Report of the King Institute of Preventive Medicine, Guindy
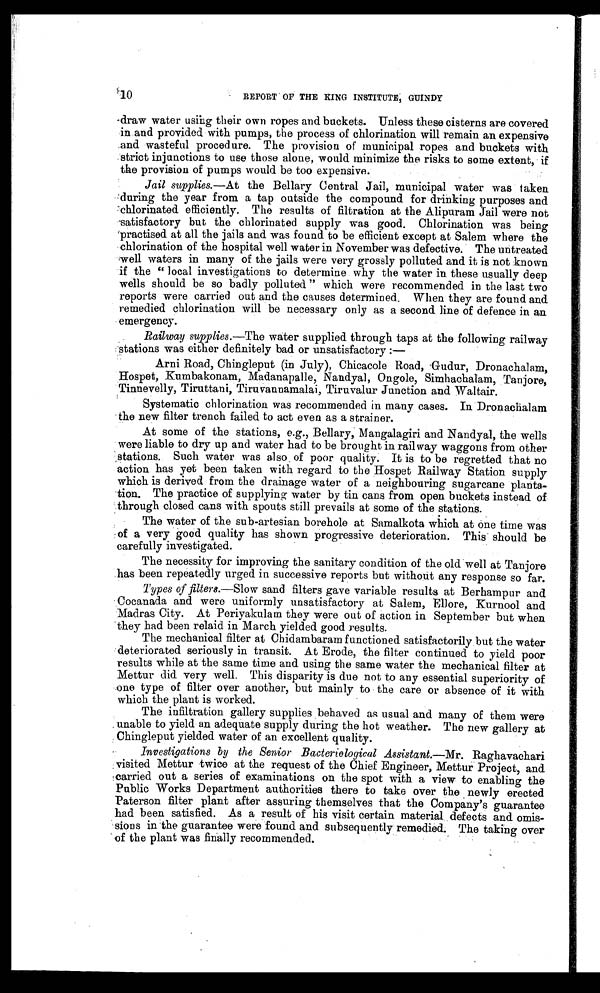
10
REPORT OF THE KING INSTITUTE, GUINDY
draw water using their own ropes and buckets. Unless these cisterns are covered
in and provided with pumps, the process of chlorination will remain an expensive
and wasteful procedure. The provision of municipal ropes and buckets with
strict injunctions to use those alone, would minimize the risks to some extent, if
the provision of pumps would be too expensive.
Jail supplies.—At the Bellary Central Jail, municipal water was taken
during the year from a tap outside the compound for drinking purposes and
chlorinated efficiently. The results of filtration at the Alipuram Jail were not
satisfactory but the chlorinated supply was good. Chlorination was being
practised at all the jails and was found to be efficient except at Salem where the
chlorination of the hospital well water in November was defective. The untreated
well waters in many of the jails were very grossly polluted and it is not known
if the " local investigations to determine why the water in these usually deep
wells should be so badly polluted " which were recommended in the last two
reports were carried out and the causes determined. When they are found and
remedied chlorination will be necessary only as a second line of defence in an
emergency.
Railway supplies.—The water supplied through taps at the following railway
stations was either definitely bad or unsatisfactory :—
Arni Road, Chingleput (in July), Chicacole Road, Gudur, Dronachalam,
Hospet, Kumbakonam, Madanapalle, Nandyal, Ongole, Simhachalam, Tanjore,
Tinnevelly, Tiruttani, Tiruvannamalai, Tiruvalur Junction and Waltair.
Systematic chlorination was recommended in many cases. In Dronachalam
the new filter trench failed to act even as a strainer.
At some of the stations, e.g., Bellary, Mangalagiri and Nandyal, the wells
were liable to dry up and water had to be brought in railway waggons from other
stations. Such water was also of poor quality. It is to be regretted that no
action has yet been taken with regard to the Hospet Railway Station supply
which is derived from the drainage water of a neighbouring sugarcane planta-
tion. The practice of supplying water by tin cans from open buckets instead of
through closed cans with spouts still prevails at some of the stations.
The water of the sub-artesian borehole at Samalkota which at One time was
of a very good quality has shown progressive deterioration. This should be
carefully investigated.
The necessity for improving the sanitary condition of the old well at Tanjore
has been repeatedly urged in successive reports but without any response so far.
Types of filters.—Slow sand filters gave variable results at Berhampur and
Cocanada and were uniformly unsatisfactory at Salem, Ellore, Kurnool and
Madras City. At Periyakulam they were out of action in September but when
they had been relaid in March yielded good results.
The mechanical filter at Chidambaram functioned satisfactorily but the water
deteriorated seriously in transit. At Erode, the filter continued to yield poor
results while at the same time and using the same water the mechanical filter at
Mettur did very well. This disparity is due not to any essential superiority of
one type of filter over another, but mainly to the care or absence of it with
which the plant is worked.
The infiltration gallery supplies behaved as usual and many of them were
, unable to yield an adequate supply during the hot weather. The new gallery at
Chingleput yielded water of an excellent quality.
Investigations by the Senior Bacteriological Assistant.— Mr. Raghavachari
visited Mettur twice at the request of the Chief Engineer, Mettur Project, and
carried out a series of examinations on the spot with a view to enabling the
Public Works Department authorities there to take over the newly erected
Paterson filter plant after assuring themselves that the Company's guarantee
had been satisfied. As a result of his visit certain material defects and omis-
sions in the guarantee were found and subsequently remedied The taking over
of the plant was finally recommended.